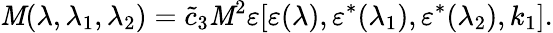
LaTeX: {\cal\mathit{M}}(\lambda,\lambda_{1},\lambda_{2})=\tilde{{c}}_{3}\mathit{M}^{2}\varepsilon[\varepsilon(\lambda),\varepsilon^{*}(\lambda_{1}),\varepsilon^{*}(\lambda_{2}),k_{1}].